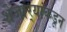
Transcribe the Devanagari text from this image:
शेजार्‍यांकडून